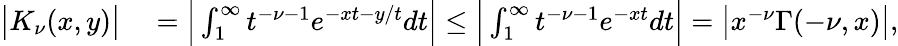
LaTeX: \begin{array}{rl}{\big|K_{\nu}(x,y)\big|}&{{}=\Big|\int_{1}^{\infty}t^{-\nu-1}e^{-xt-y/t}dt\Big|\le\Big|\int_{1}^{\infty}t^{-\nu-1}e^{-xt}dt\Big|=\big|x^{-\nu}\Gamma(-\nu,x)\big|,}\end{array}